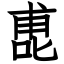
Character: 喸